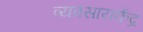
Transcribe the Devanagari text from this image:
व्यवसायकेंद्र